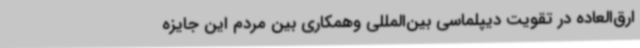
ارق‌العاده‌ در تقویت دیپلماسی بین‌المللی وهمکاری بین مردم این جایزه